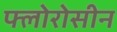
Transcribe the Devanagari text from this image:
फ्लोरोसीन